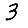
Digit: 3